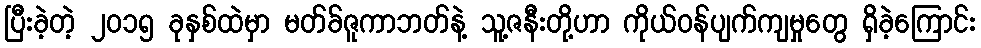
ပြီးခဲ့တဲ့ ၂၀၁၅ ခုနှစ်ထဲမှာ မတ်ခ်ဇူကာဘတ်နဲ့ သူ့ဇနီးတို့ဟာ ကိုယ်ဝန်ပျက်ကျမှုတွေ ရှိခဲ့ကြောင်း